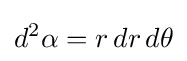
d^{2}\alpha =r\,dr\,d\theta